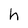
Character: h